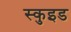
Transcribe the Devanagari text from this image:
स्कुइड